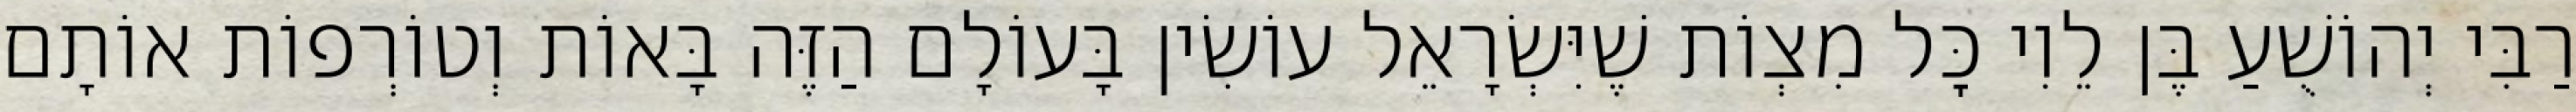
רַבִּי יְהוֹשֻׁעַ בֶּן לֵוִי כׇּל מִצְוֹת שֶׁיִּשְׂרָאֵל עוֹשִׂין בָּעוֹלָם הַזֶּה בָּאוֹת וְטוֹרְפוֹת אוֹתָם